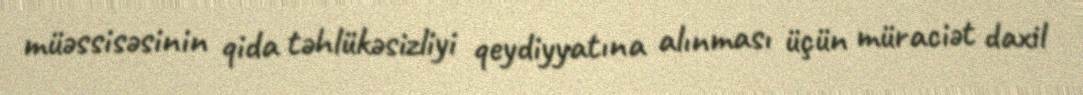
müəssisəsinin qida təhlükəsizliyi qeydiyyatına alınması üçün müraciət daxil